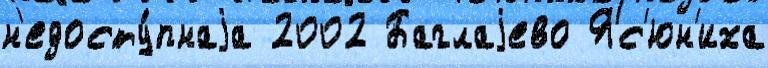
н'едосту́пнаjа 2002 Баглаjево Яс'юн'иха